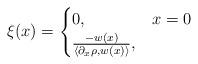
LaTeX: \begin{align*}\xi(x) =\begin{cases} 0, & x =0\\\frac{-w(x)}{\langle \partial_x \rho, w(x)\rangle}, & \end{cases}\end{align*}